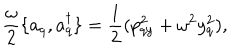
\frac { \omega } { 2 } \{ a _ { q } , a _ { q } ^ { \dagger } \} = \frac { 1 } { 2 } ( p _ { q y } ^ { 2 } + \omega ^ { 2 } y _ { q } ^ { 2 } ) ,